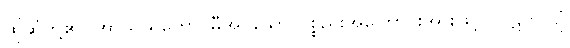
ထိုဆံတို့၏။ အာသယတော၊ မှီအပ်သော ပစ္စည်းအကြောင်းအားဖြင့်။ ပါဋိကုလျံ၊